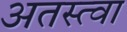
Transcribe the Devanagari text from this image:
अतस्त्वा